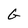
Character: G